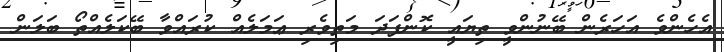
އެހެންވެ އަހަރެން ބޭނުންވީ ތިޔައީ ކޮންފަދަ މަތިވެރި ޢަމަލެއް ކުރައްވާ ބޭކަލެއްތޯ ބަލަން